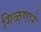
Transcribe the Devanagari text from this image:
गिळणारे